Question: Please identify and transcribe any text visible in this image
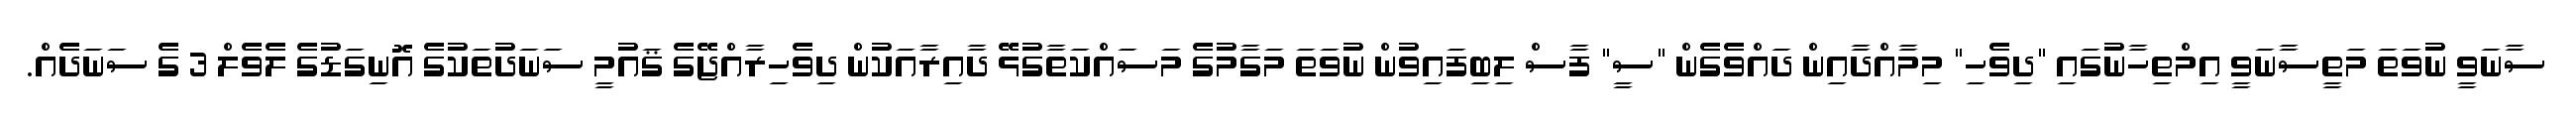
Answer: ސާނަވީ ނުވަތަ މަތީސާނަވީ އިމްތިހާނުގައި "ދިވެހި" މިމާއްދާއިން ދައްވެގެން "ސީ" ފާސް ލިބިފައިވުން ނުވަތަ މަގާމުގެ މަސައްކަތާގުޅޭ ދާއިރާއަކުން ދިވެހިރާއްޖޭގެ ޤައުމީ ސަނަދުތަކުގެ އޮނިގަޑުގެ ލެވެލް 3 ގެ ސަނަދެއް.